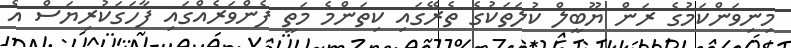
މިނިވަންކަމުގެ ރަން ޔޫބީލް ކުލަތަކުގެ ތެރޭގައި ކިތަންމެ މަތީ ފެންވަރެއްގައި ފާހަގަކުރިޔަސް އެ